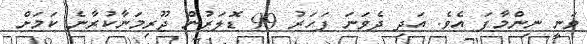
ވަނީ ނިންމާފަ އެވެ. އަދި ދެވަނަ ފަހަރު 99 ޑޮލަރުން ޖޫރިމަނާކުރާނެ ކަމަށް